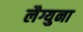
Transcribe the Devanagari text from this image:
लैग्युना